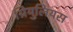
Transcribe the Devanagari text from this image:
ग्रियुलियस